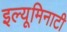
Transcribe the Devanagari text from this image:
इल्यूमिनाटी